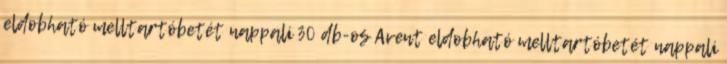
eldobható melltartóbetét nappali 30 db-os Avent eldobható melltartóbetét nappali